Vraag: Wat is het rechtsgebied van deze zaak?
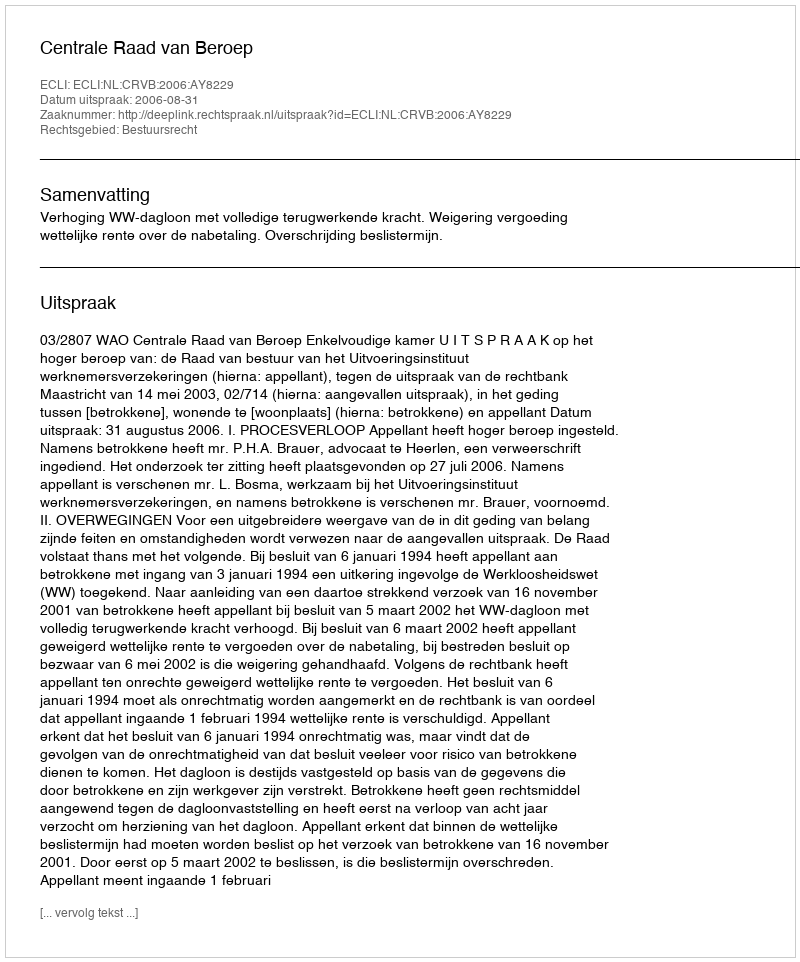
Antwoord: Bestuursrecht